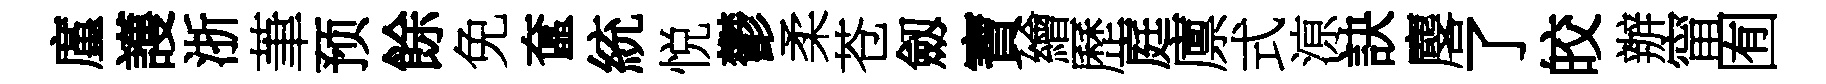
廑護浙茟预餘免奩統悦鬱柔苍劔寶繪歷庭廪式鿌訣麐了皎辦甯囿